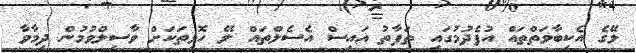
ލޭގެ އެކިބާވަތްތައް އުފެދުމުގައި ތަފާތު އައިސް އެސެލްތައް ލޭ ހޮޅިތަކަށް ވާސިލްވުމުން ދިމާވާ